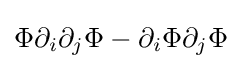
\Phi \partial _{i}\partial _{j}\Phi -\partial _{i}\Phi \partial _{j}\Phi